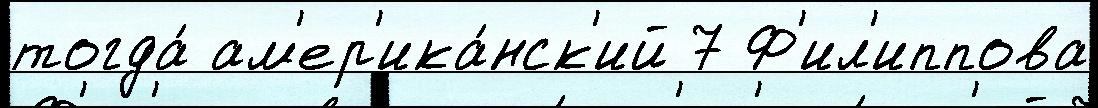
тогда́ ам'ер'ика́нск'ий 7 Ф'ил'иппова